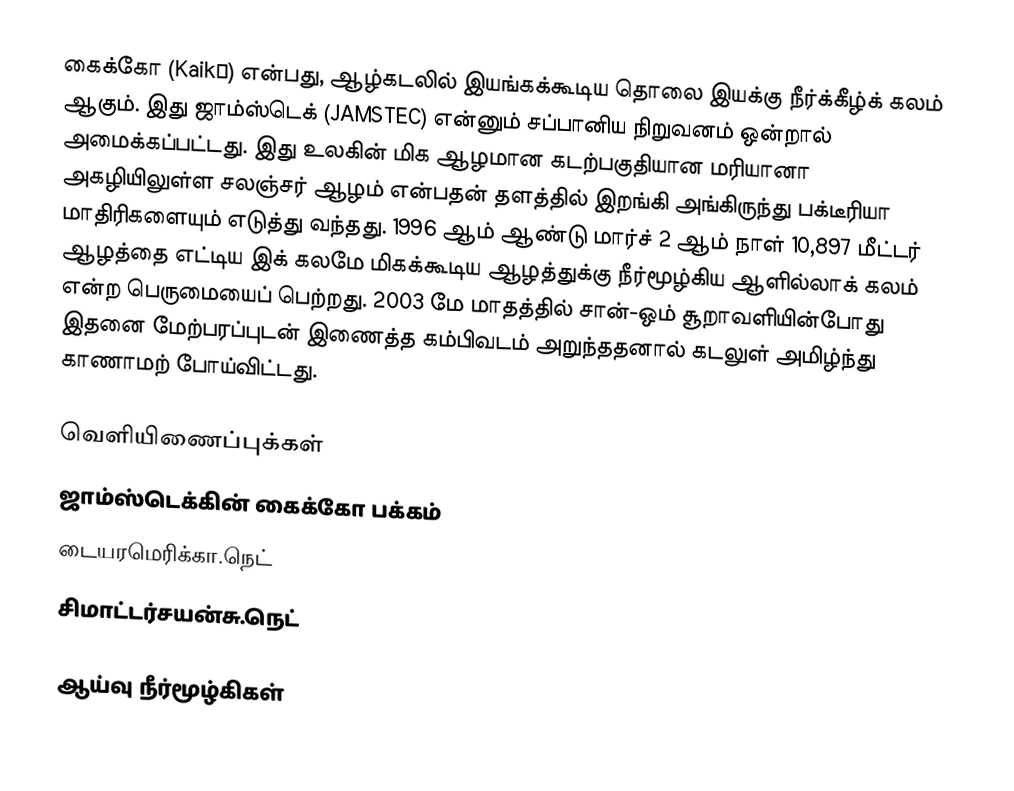
கைக்கோ (Kaikō) என்பது, ஆழ்கடலில் இயங்கக்கூடிய தொலை இயக்கு நீர்க்கீழ்க் கலம் ஆகும். இது ஜாம்ஸ்டெக் (JAMSTEC) என்னும் சப்பானிய நிறுவனம் ஒன்றால் அமைக்கப்பட்டது. இது உலகின் மிக ஆழமான கடற்பகுதியான மரியானா அகழியிலுள்ள சலஞ்சர் ஆழம் என்பதன் தளத்தில் இறங்கி அங்கிருந்து பக்டீரியா மாதிரிகளையும் எடுத்து வந்தது. 1996 ஆம் ஆண்டு மார்ச் 2 ஆம் நாள் 10,897 மீட்டர் ஆழத்தை எட்டிய இக் கலமே மிகக்கூடிய ஆழத்துக்கு நீர்மூழ்கிய ஆளில்லாக் கலம் என்ற பெருமையைப் பெற்றது. 2003 மே மாதத்தில் சான்-ஒம் சூறாவளியின்போது இதனை மேற்பரப்புடன் இணைத்த கம்பிவடம் அறுந்ததனால் கடலுள் அமிழ்ந்து காணாமற் போய்விட்டது.

வெளியிணைப்புக்கள்
 ஜாம்ஸ்டெக்கின் கைக்கோ பக்கம்
 டையரமெரிக்கா.நெட்
 சிமாட்டர்சயன்சு.நெட்

ஆய்வு நீர்மூழ்கிகள்